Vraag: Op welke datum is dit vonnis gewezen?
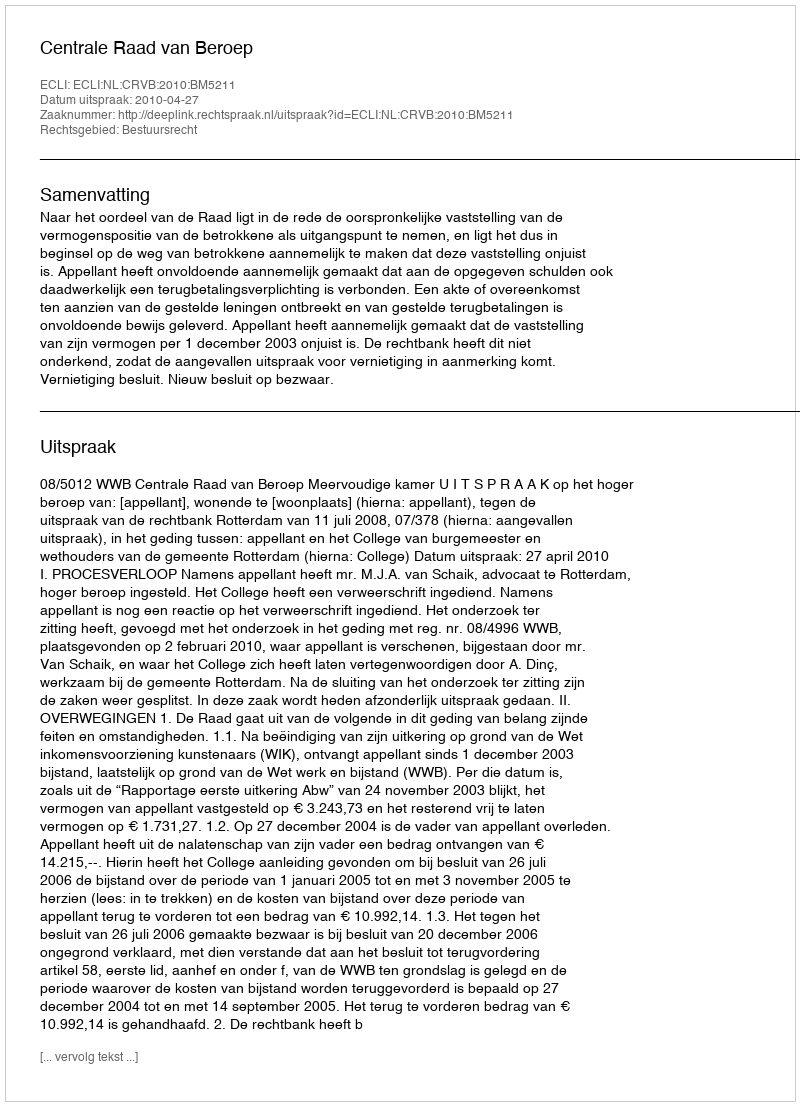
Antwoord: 2010-04-27